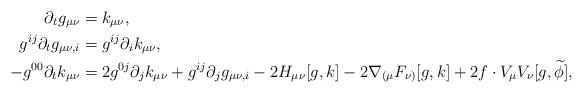
LaTeX: \begin{align*}\partial_t g_{\mu \nu} &= k_{\mu \nu}, \\g^{ij} \partial_t g_{\mu \nu, i} &= g^{ij} \partial_{i} k_{\mu \nu}, \\- g^{00} \partial_t k_{\mu \nu} &= 2 g^{0 j} \partial_{j} k_{\mu \nu} + g^{ij} \partial_{j} g_{\mu \nu, i} - 2 H_{\mu \nu}[g,k] - 2 \nabla_{(\mu}F_{\nu)}[g,k] + 2f \cdot V_{\mu}V_{\nu}[g,\widetilde{\phi}], \end{align*}